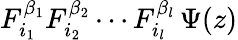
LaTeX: F_{i_{1}}^{\beta_{1}}F_{i_{2}}^{\beta_{2}}\cdots F_{i_{l}}^{\beta_{l}}\, \Psi(z)